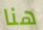
هنا